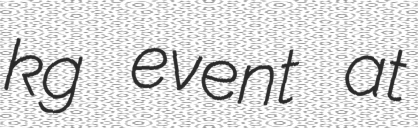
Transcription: kg event at